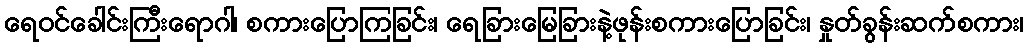
ရေဝင်ခေါင်းကြီးရောဂါ၊ စကားပြောကြခြင်း၊ ရေခြားမြေခြားနဲ့ဖုန်းစကားပြောခြင်း၊ နှုတ်ခွန်းဆက်စကား၊